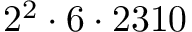
2 ^ { 2 } \cdot 6 \cdot 2 3 1 0